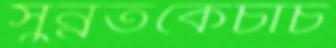
সুন্নতকেচাঁচ